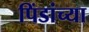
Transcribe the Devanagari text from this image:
पिंडांच्या